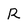
Character: R